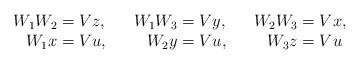
LaTeX: \begin{align*}\begin{matrix}\begin{aligned}W_{1}W_{2} & =Vz, & & & W_{1}W_{3} & =Vy, & & & W_{2}W_{3} & =Vx,\\W_{1}x & =Vu, & & & W_{2}y & =Vu, & & & W_{3}z & =Vu\end{aligned}\end{matrix}\end{align*}